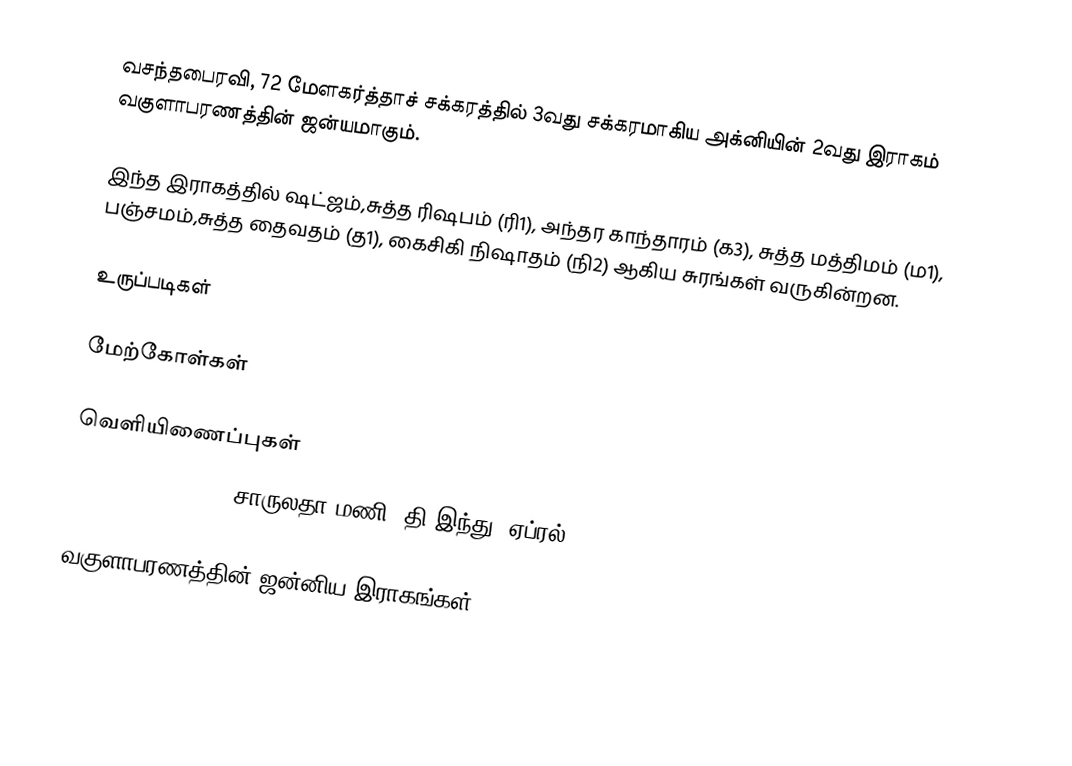
வசந்தபைரவி, 72 மேளகர்த்தாச் சக்கரத்தில் 3வது சக்கரமாகிய அக்னியின் 2வது இராகம் வகுளாபரணத்தின் ஜன்யமாகும்.

இந்த இராகத்தில் ஷட்ஜம்,சுத்த ரிஷபம் (ரி1), அந்தர காந்தாரம் (க3), சுத்த மத்திமம் (ம1), பஞ்சமம்,சுத்த தைவதம் (த1), கைசிகி நிஷாதம்  (நி2) ஆகிய சுரங்கள் வருகின்றன.

உருப்படிகள்

மேற்கோள்கள்

வெளியிணைப்புகள்
 Full of surprises, சாருலதா மணி, தி இந்து, ஏப்ரல் 11, 2014

வகுளாபரணத்தின் ஜன்னிய இராகங்கள்